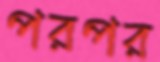
পরপর